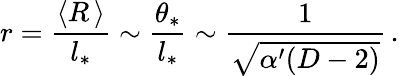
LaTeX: r=\frac{\langle R\, \rangle}{l_{*}}\sim\frac{\theta_{*}}{l_{*}}\sim\frac{1}{\sqrt{\alpha^{\prime}(D-2)}}\, .